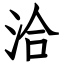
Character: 洽